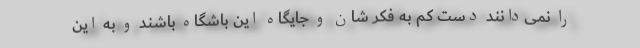
را نمی‌دانند دست کم به فکر شان و جایگاه این باشگاه باشند و به این